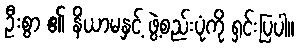
ဦးစွာ ၏ နိယာမနှင့် ဖွဲ့စည်းပုံကို ရှင်းပြပါ။